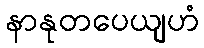
နာနုတပေယျဟံ